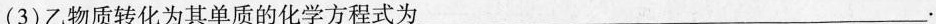
(3)乙物质转化为其单质的化学方程式为___.